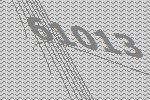
61013